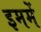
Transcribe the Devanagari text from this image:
इममें